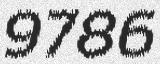
9786